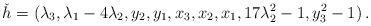
LaTeX: \begin{align*}\check h=(\lambda_{3}, \lambda_{1} - 4\lambda_{2}, y_{2}, y_{1}, x_{3}, x_{2}, x_{1}, 17\lambda_{2}^2 - 1, y_{3}^2 - 1)\,.\end{align*}